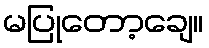
မပြုတော့ချေ။